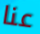
عنا